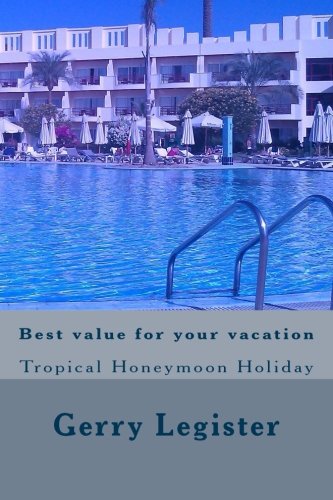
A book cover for Best value for your vacation: Tropical Honeymoon Holiday; Gerry Legister; Crafts, Hobbies & Home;